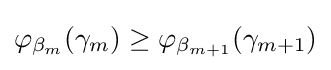
\varphi _{\beta _{m}}(\gamma _{m})\geq \varphi _{\beta _{m+1}}(\gamma _{m+1})